Indian journal of veterinary science and animal husbandry - Volumes 15-17, 1948-1951
Year: 1948
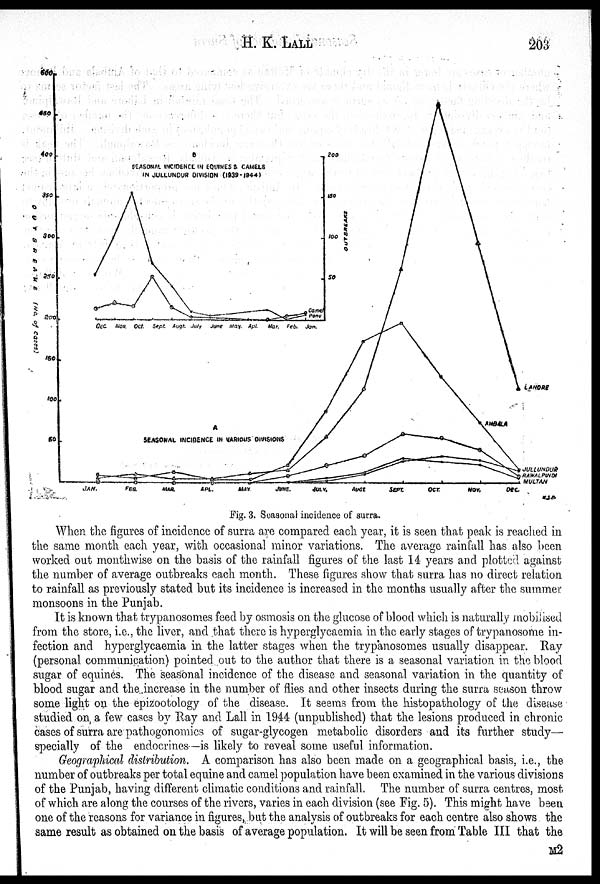
H. K.
LALL
203
Fig. 3. Seasonal incidence of surra.
When the figures of incidence of surra are compared each year, it is seen that peak is reached in
the same month each year, with occasional minor variations. The average rainfall has also been
worked out monthwise on the basis of the rainfall figures of the last 14 years and plotted against
the number of average outbreaks each month. These figures show that surra has no direct relation
to rainfall as previously stated but its incidence is increased in the months usually after the summer
monsoons in the Punjab.
It is known that trypanosomes feed by osmosis on the glucose of blood which is naturally mobilised
from the store, i.e., the liver, and that there is hyperglycaemia in the early stages of trypanosome in-
fection and hyperglycaemia in the latter stages when the trypanosomes usually disappear. Ray
(personal communication) pointed out to the author that there is a seasonal variation in the blood
sugar of equines. The seasonal incidence of the disease and seasonal variation in the quantity of
blood sugar and the increase in the number of flies and other insects during the surra season throw
some light on the epizootology of the disease. It seems from the histopathology of the disease
studied on a few cases by Ray and Lall in 1944 (unpublished) that the lesions produced in chronic
cases of surra are pathogonomics of sugar-glycogen metabolic disorders and its further study—
specially of the endocrines—is likely to reveal some useful information.
Geographical distribution. A comparison has also been made on a geographical basis, i.e., the
number of outbreaks per total equine and camel population have been examined in the various divisions
of the Punjab, having different climatic conditions and rainfall. The number of surra centres, most
of which are along the courses of the rivers, varies in each division (see Fig. 5). This might have been
one of the reasons for variance in figures, but the analysis of outbreaks for each centre also shows the
same result as obtained on the basis of average population. It will be seen from Table III that the
M2